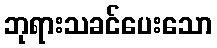
ဘုရားသခင်ပေးသော